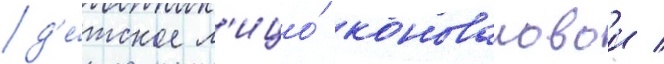
д'е́тское л'ицо́ коноваловои /